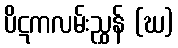
ပိဋကလမ်းညွှန် (ဃ)